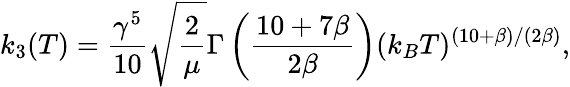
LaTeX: k_{3}(T)=\frac{\gamma^{5}}{10}\sqrt{\frac{2}{\mu}}\Gamma\left(\frac{10+7\beta}{2\beta}\right)(k_{B}T)^{(10+\beta)/(2\beta)},